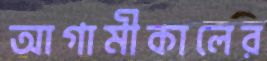
আগামীকালের